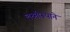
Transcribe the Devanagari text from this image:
लक्ष्मीरूपाने